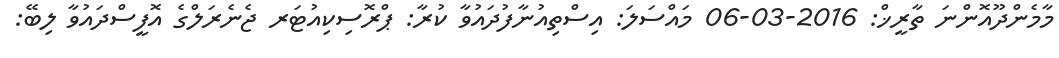
މާމެންދޫއޮންނަ ތާރީޚް: 2016-03-06 މައްސަލަ: އިސްތިއުނާފުދައުވާ ކުރާ: ޕްރޮސިކިއުޓަރ ޖެނެރަލްގެ އޮފީސްދައުވާ ލިބޭ: